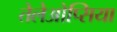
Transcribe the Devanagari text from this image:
तेलेओप्सिया